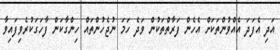
އަދި އެފަދަ އެއްވުންތަކަށް އެހެން ފަރާތްތަކުން ވަދެ ހަމަ ނުޖެހުންތައް ހިންގާކަން ފާހަގަކުރެވިފައިވާ